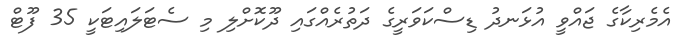
އެމެރިކާގެ ޖައްވީ އުޅަނދު ޑިސްކަވަރީގެ ދަތުރެއްގައި ދޫކޮށްލި މި ސެޓަލައިޓަކީ 35 ފޫޓް